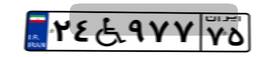
۷۵W۶۶۲۲۴